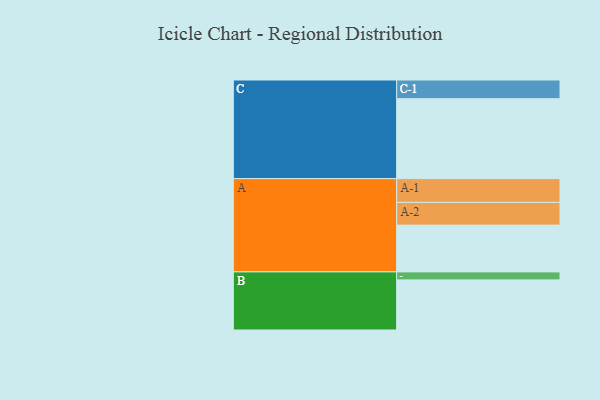
{"axis": {"x": "Segment", "y": "Value"}, "legend": ["", "A", "B", "C"], "data": [{"x": "A", "y": 350, "type": ""}, {"x": "B", "y": 375, "type": ""}, {"x": "C", "y": 598, "type": ""}, {"x": "A-1", "y": 178, "type": "A"}, {"x": "A-2", "y": 170, "type": "A"}, {"x": "B-1", "y": 60, "type": "B"}, {"x": "C-1", "y": 140, "type": "C"}]}